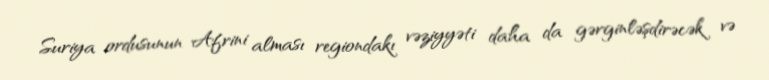
Suriya ordusunun Afrini alması regiondakı vəziyyəti daha da gərginləşdirəcək və